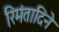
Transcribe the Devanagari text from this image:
रिमंतादिने